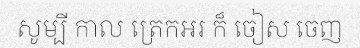
សូម្បី កាល ត្រេកអរ ក៏ ចៀស ចេញ